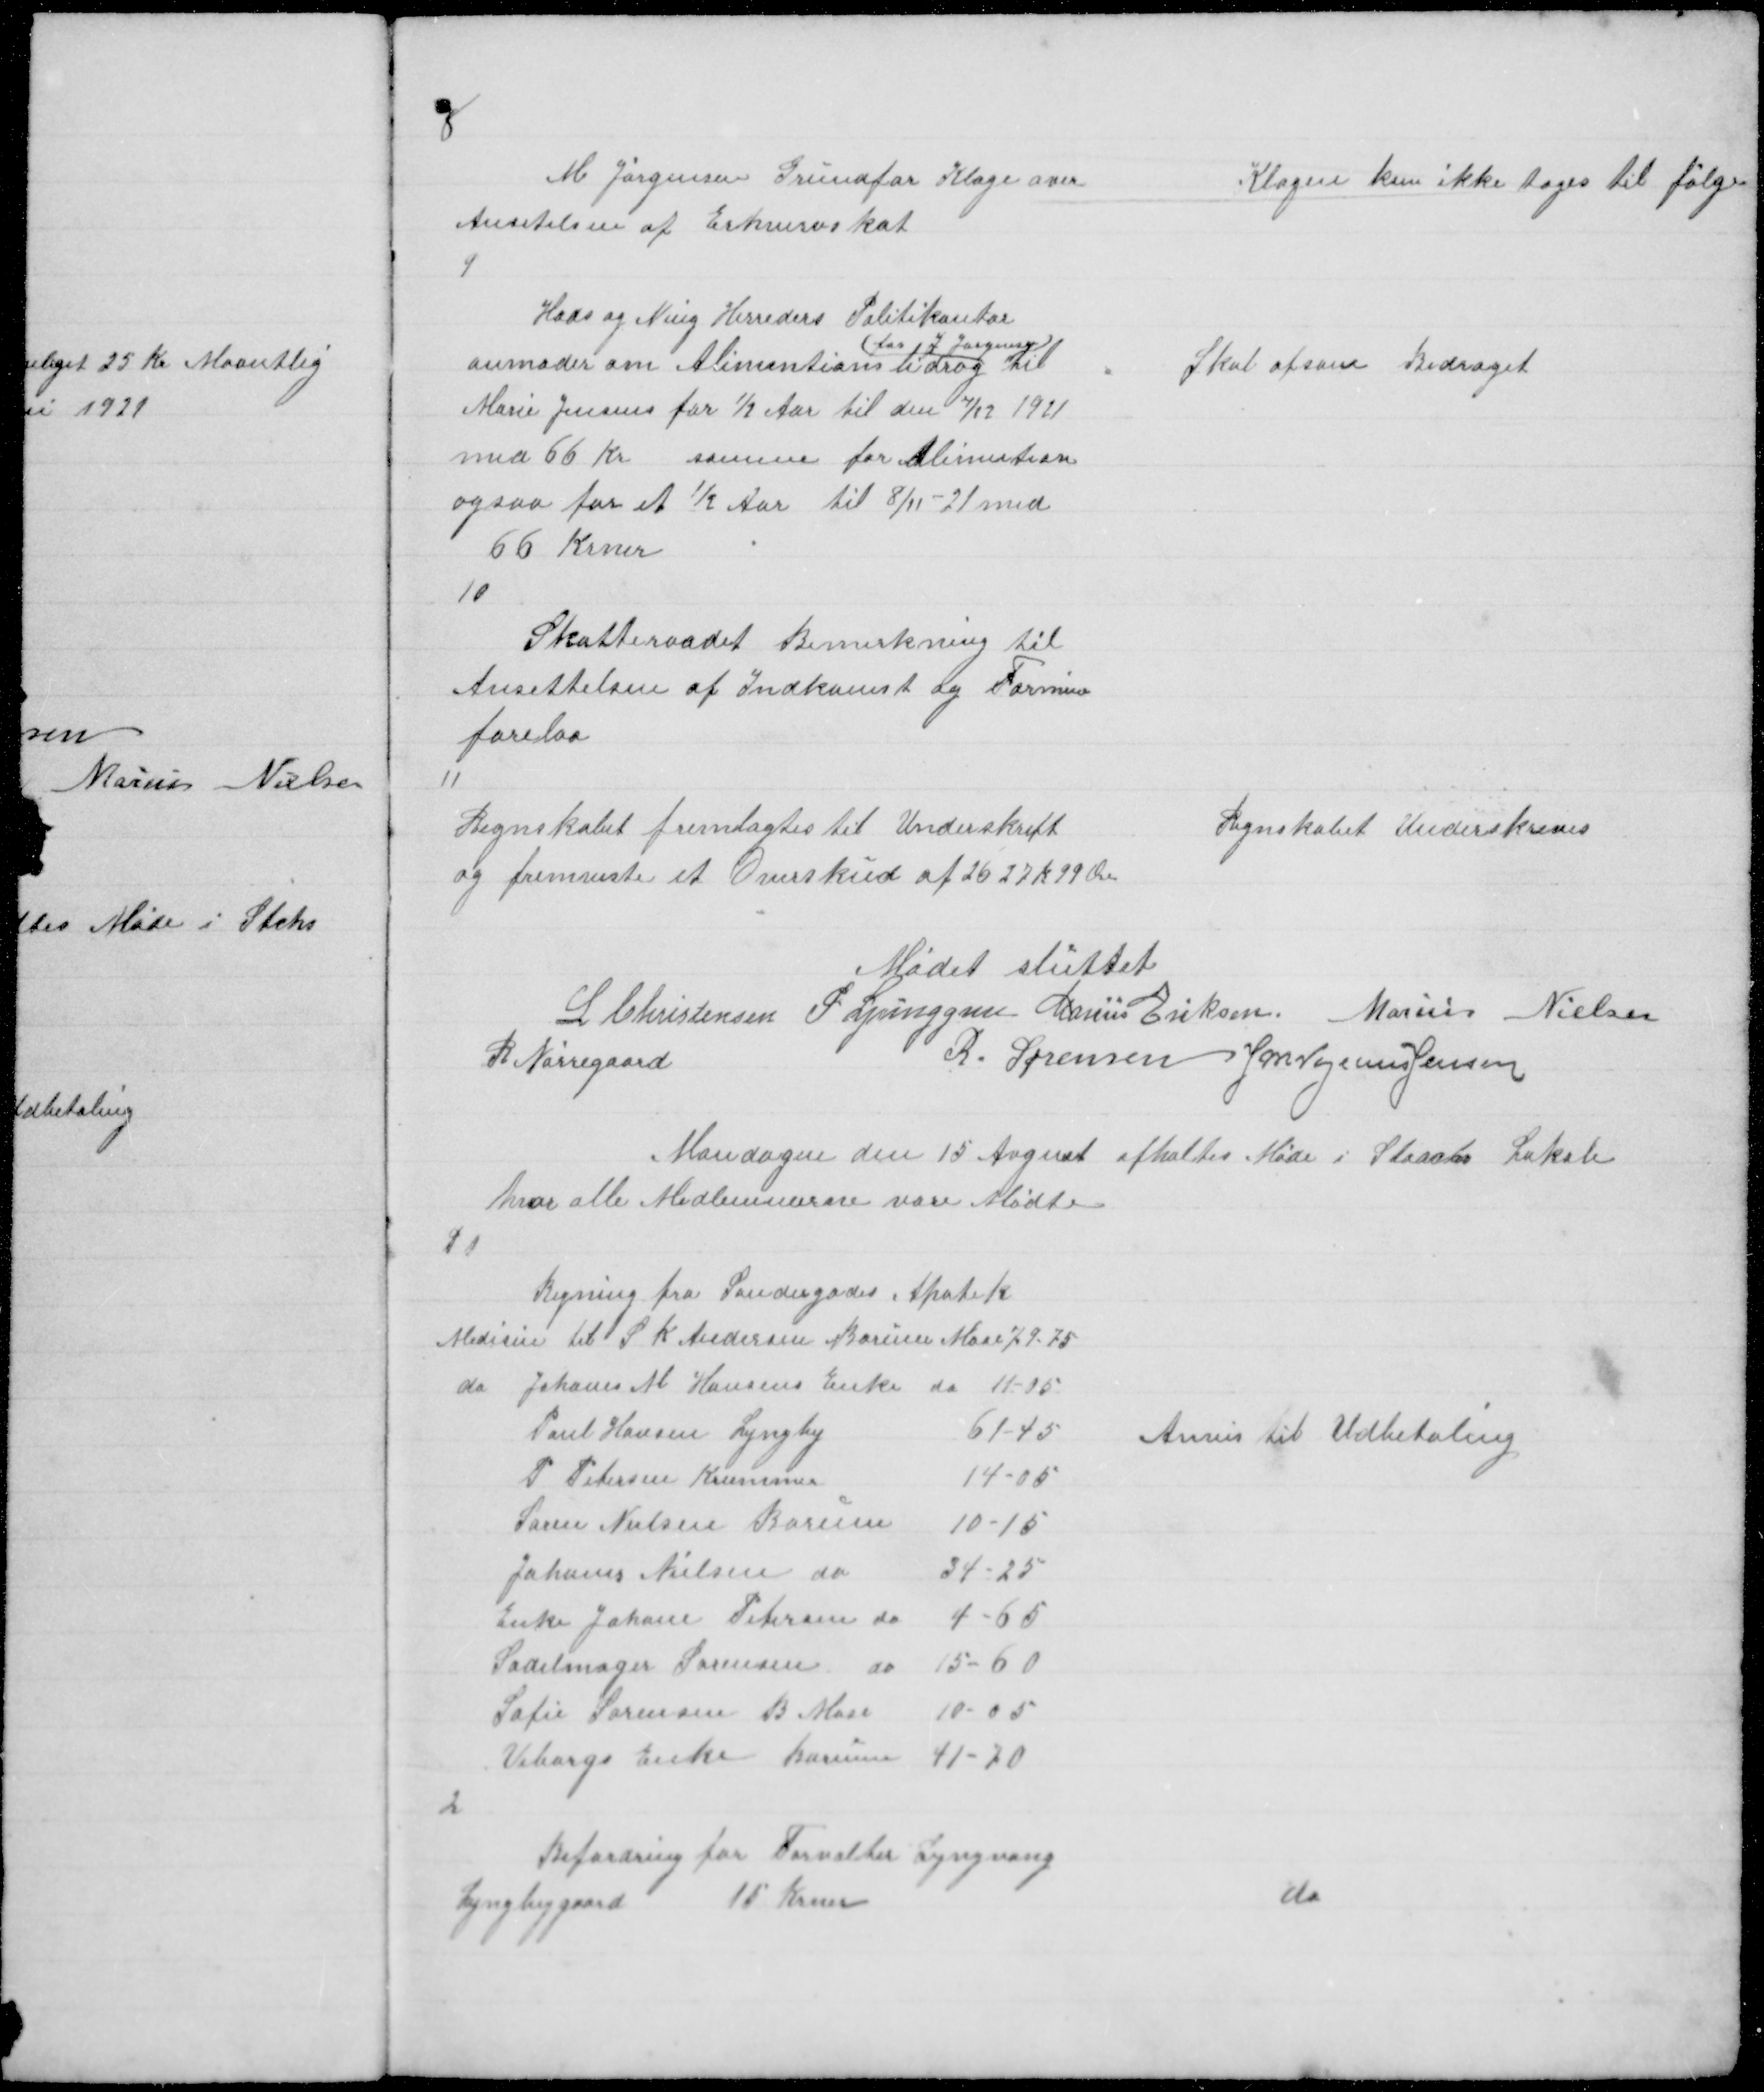
Transskription:
8

M Jørgensen Grundfør Klage over
Ansetelsen af Erhvervskat

Klagen kan ikke tages til følge

9

Hads og Ning Herreders Politikontor
anmoder om Alimantionsbidrag
( for J Jørgensen )
til
Marie Jensens for ½ Aar til den 7/12 1921
med 66 Kr samme for Alimention
ogsaa for et ½ Aar til 8/11 - 21 med
66 Krner

Skal afsone Bidraget

10

Skatteraadet Bemerkning til
Ansettelsen af Indkomst og Formue
forelaa

11

Regnskabet fremlagtes til Underskrift
og fremviste et Overskud af 2627 K 99 Øre

Regnskabet Underskreves

Mødet sluttet
L Christensen P. Ljunggren Marius Eriksen Marius Nielsen
R. Nørregaard
R. Sørensen J M Vogelius Jensen

Mandagen den 15 August afholtes Møde i Staacks Lokale
hvor alle Medlemmerne vare Mødte

1

Regning fra Søndergades Apotek
Medisin til S K Andersen Borum Mose 79 - 75

Anvis til Udbetaling

2

Befordring for Forvalter Lyngvang
Lyngbygaard 15 Krner
Lyngbygaard 15 Krner

do